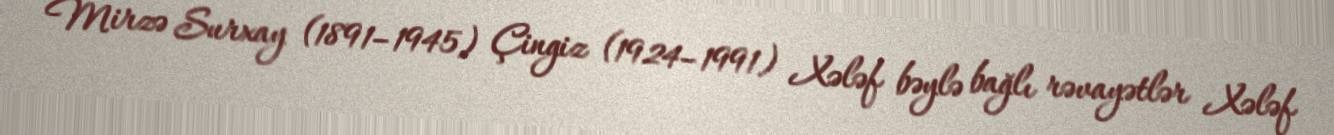
Mirzə Surxay (1891–1945) Çingiz (1924–1991) Xələf bəylə bağlı rəvayətlər Xələf